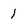
Character: 1